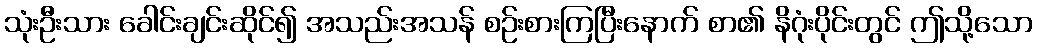
သုံးဦးသား ခေါင်းချင်းဆိုင်၍ အသည်းအသန် စဉ်းစားကြပြီးနောက် စာ၏ နိဂုံးပိုင်းတွင် ဤသို့သော